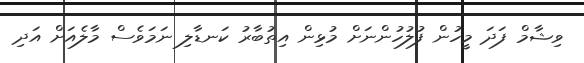
ވިޝާމް ފަދަ މީހުން ފުލުހުންނަށް މުޅިން އިތުބާރު ކަނޑާލި ނަމަވެސް މާލެއަށް އަދި